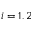
i = 1 , 2